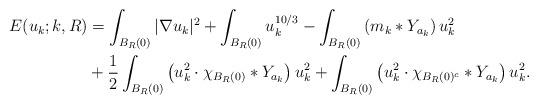
LaTeX: \begin{align*}E(u_{k};k,R) &= \int_{B_{R}(0)} |\nabla u_{k}|^{2} + \int_{B_{R}(0)} u_{k}^{10/3} - \int_{B_{R}(0)} \left( m_{k} * Y_{a_{k}} \right) u_{k}^{2} \bigg. \\& + \frac{1}{2} \int_{B_{R}(0)} \left( u_{k}^{2} \cdot \chi_{B_{R}(0)} * Y_{a_{k}} \right) u_{k}^{2} + \int_{B_{R}(0)} \left( u_{k}^{2} \cdot \chi_{B_{R}(0)^{c}} * Y_{a_{k}} \right) u_{k}^{2}.\end{align*}